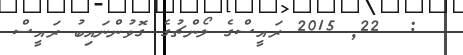
:  22